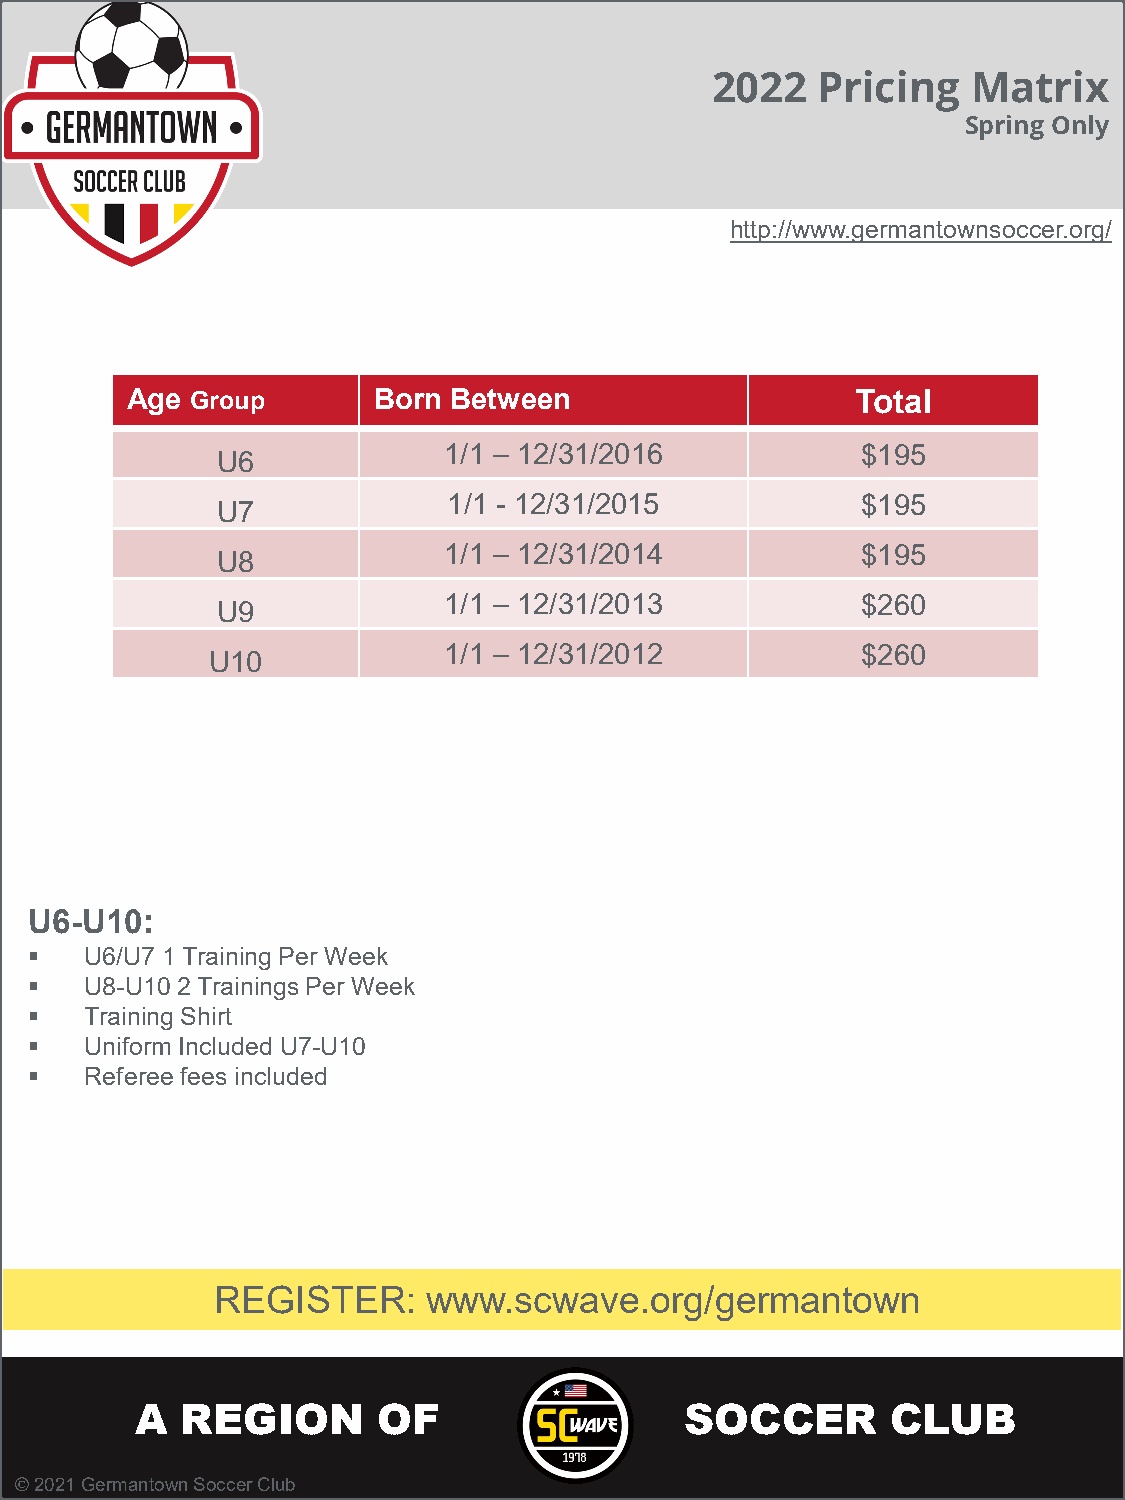
2022   Pricing   Matrix
 Spring Only
 http://www.germantownsoccer.org/
 Age  Group       Born Between                    Total
 1/1 – 12/31/2016            $195
 U6
 1/1 - 12/31/2015           $195
 U7
 1/1 – 12/31/2014            $195
 U8
 1/1 – 12/31/2013            $260
 U9
 1/1 – 12/31/2012            $260
 U10
 U6-U10:
    U6/U7 1 Training Per Week
    U8-U10 2 Trainings Per Week
    Training Shirt
    Uniform Included U7-U10
    Referee fees included
 REGISTER:     www.scwave.org/germantown
 A  REGION       OF                  SOCCER        CLUB
 © 2021 Germantown Soccer Club